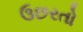
ઉછરતો